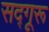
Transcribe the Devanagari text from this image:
सद्गूरू